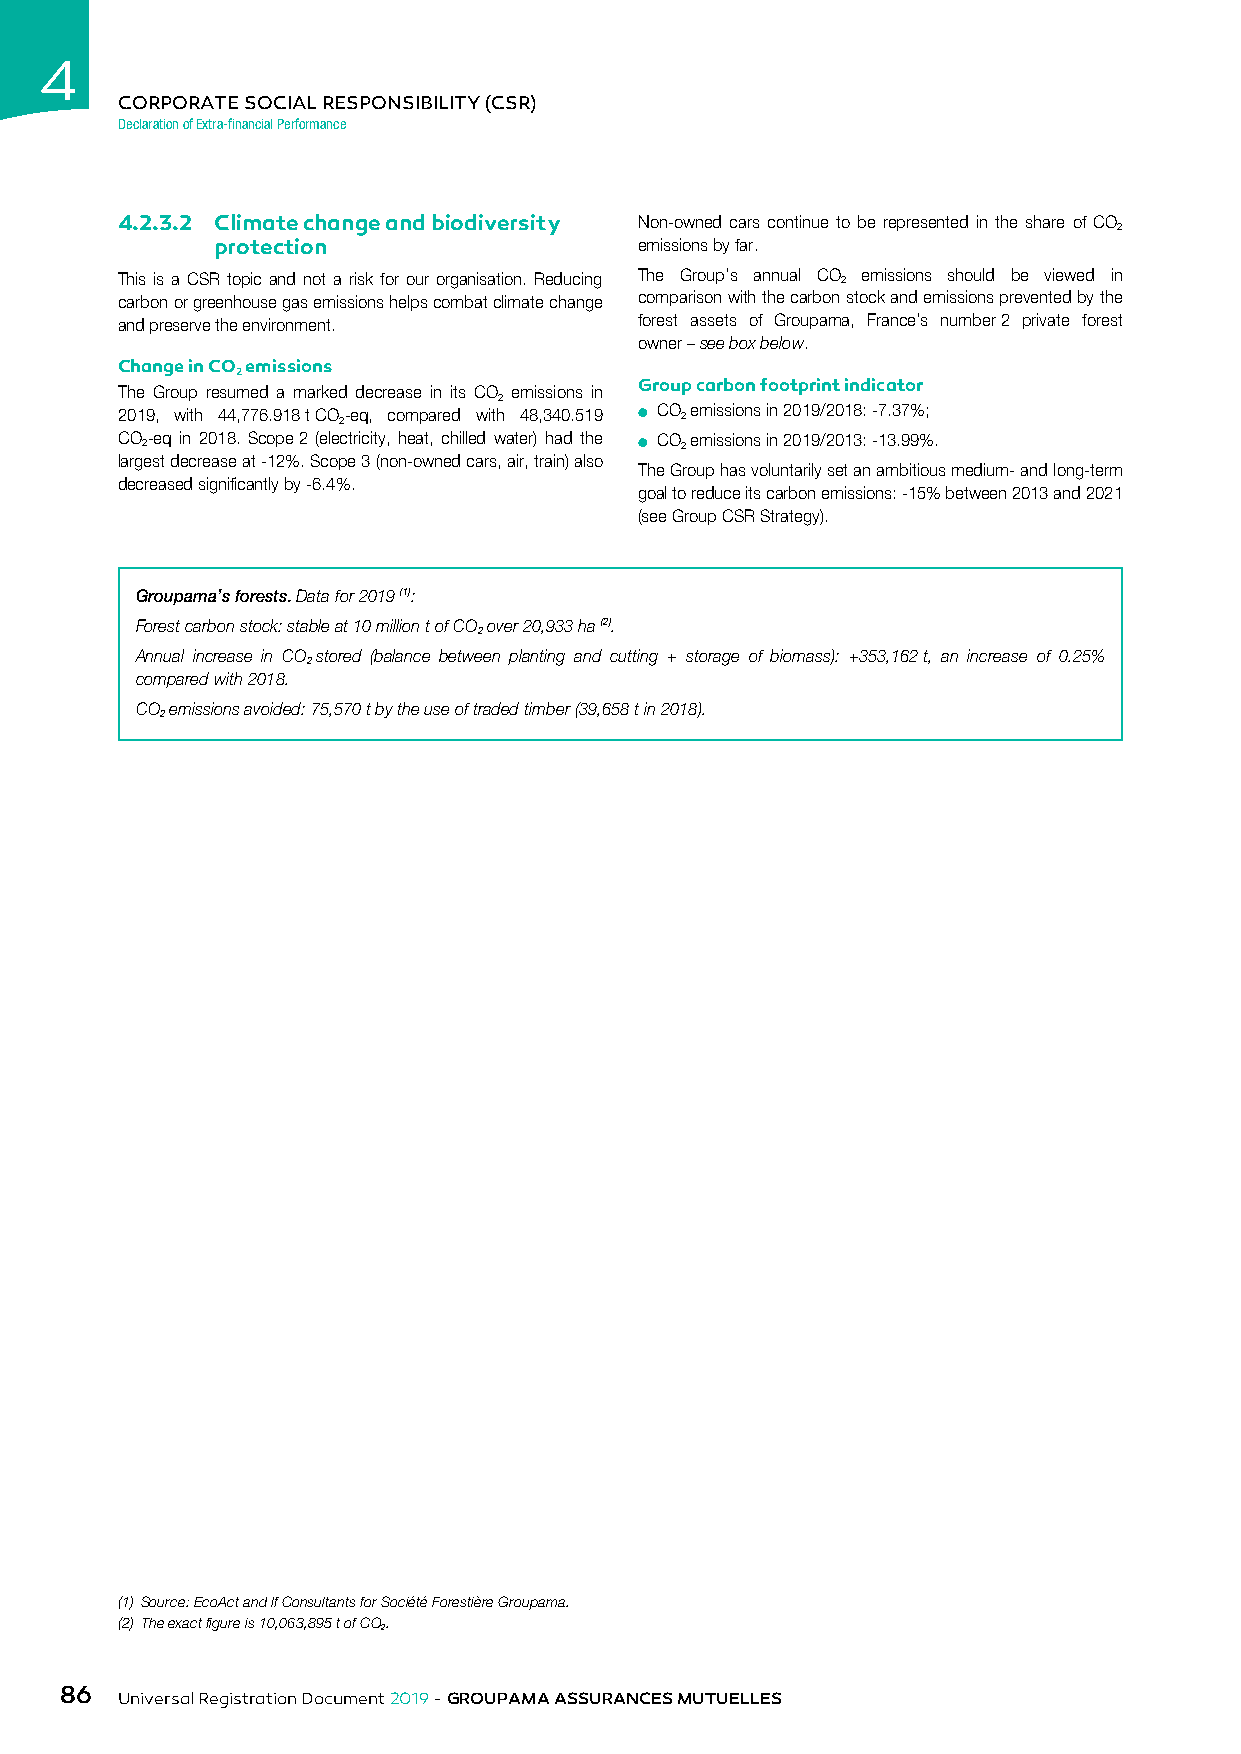
4
 CORPORATE SOCIAL RESPONSIBILITY (CSR)
 Declaration of Extra-financial Performance
 4.2.3.2 Climate change and biodiversity Non-owned cars continue to be represented in the share of CO
 2
 protection                  emissions by far.
 This is a CSR topic and not a risk for our organisation. Reducing The Group’s annual CO 2 emissions should be viewed in
 carbon or greenhouse gas emissions helps combat climate change comparison with the carbon stock and emissions prevented by the
 and preserve the environment.     forest assets of Groupama, France’s number 2 private forest
 owner – see box below.
 Change in CO emissions
 2
 Group carbon footprint indicator
 The Group resumed a marked decrease in its CO emissions in
 2
 2019, with 44,776.918 t CO 2-eq, compared with 48,340.519 ● CO 2 emissions in 2019/2018: -7.37%;
 CO 2-eq in 2018. Scope 2 (electricity, heat, chilled water) had the ● CO 2 emissions in 2019/2013: -13.99%.
 largest decrease at -12%. Scope 3 (non-owned cars, air, train) also
 The Group has voluntarily set an ambitious medium- and long-term
 decreased significantly by -6.4%.
 goal to reduce its carbon emissions: -15% between 2013 and 2021
 (see Group CSR Strategy).
 Groupama’s forests. Data for 2019 (1):
 Forest carbon stock: stable at 10 million t of CO over 20,933 ha (2).
 2
 Annual increase in CO stored (balance between planting and cutting + storage of biomass): +353,162 t, an increase of 0.25%
 2
 compared with 2018.
 CO emissions avoided: 75,570 t by the use of traded timber (39,658 t in 2018).
 2
 (1) Source: EcoAct and If Consultants for Société Forestière Groupama.
 (2) The exact figure is 10,063,895 t of CO.
 2
 86
 Universal Registration Document 2019 - GROUPAMA ASSURANCES MUTUELLES